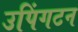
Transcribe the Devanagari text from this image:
उपिंगटन